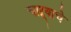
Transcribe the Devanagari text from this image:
चाऱ्याचे